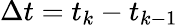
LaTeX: \Delta t=t_{k}-t_{k-1}